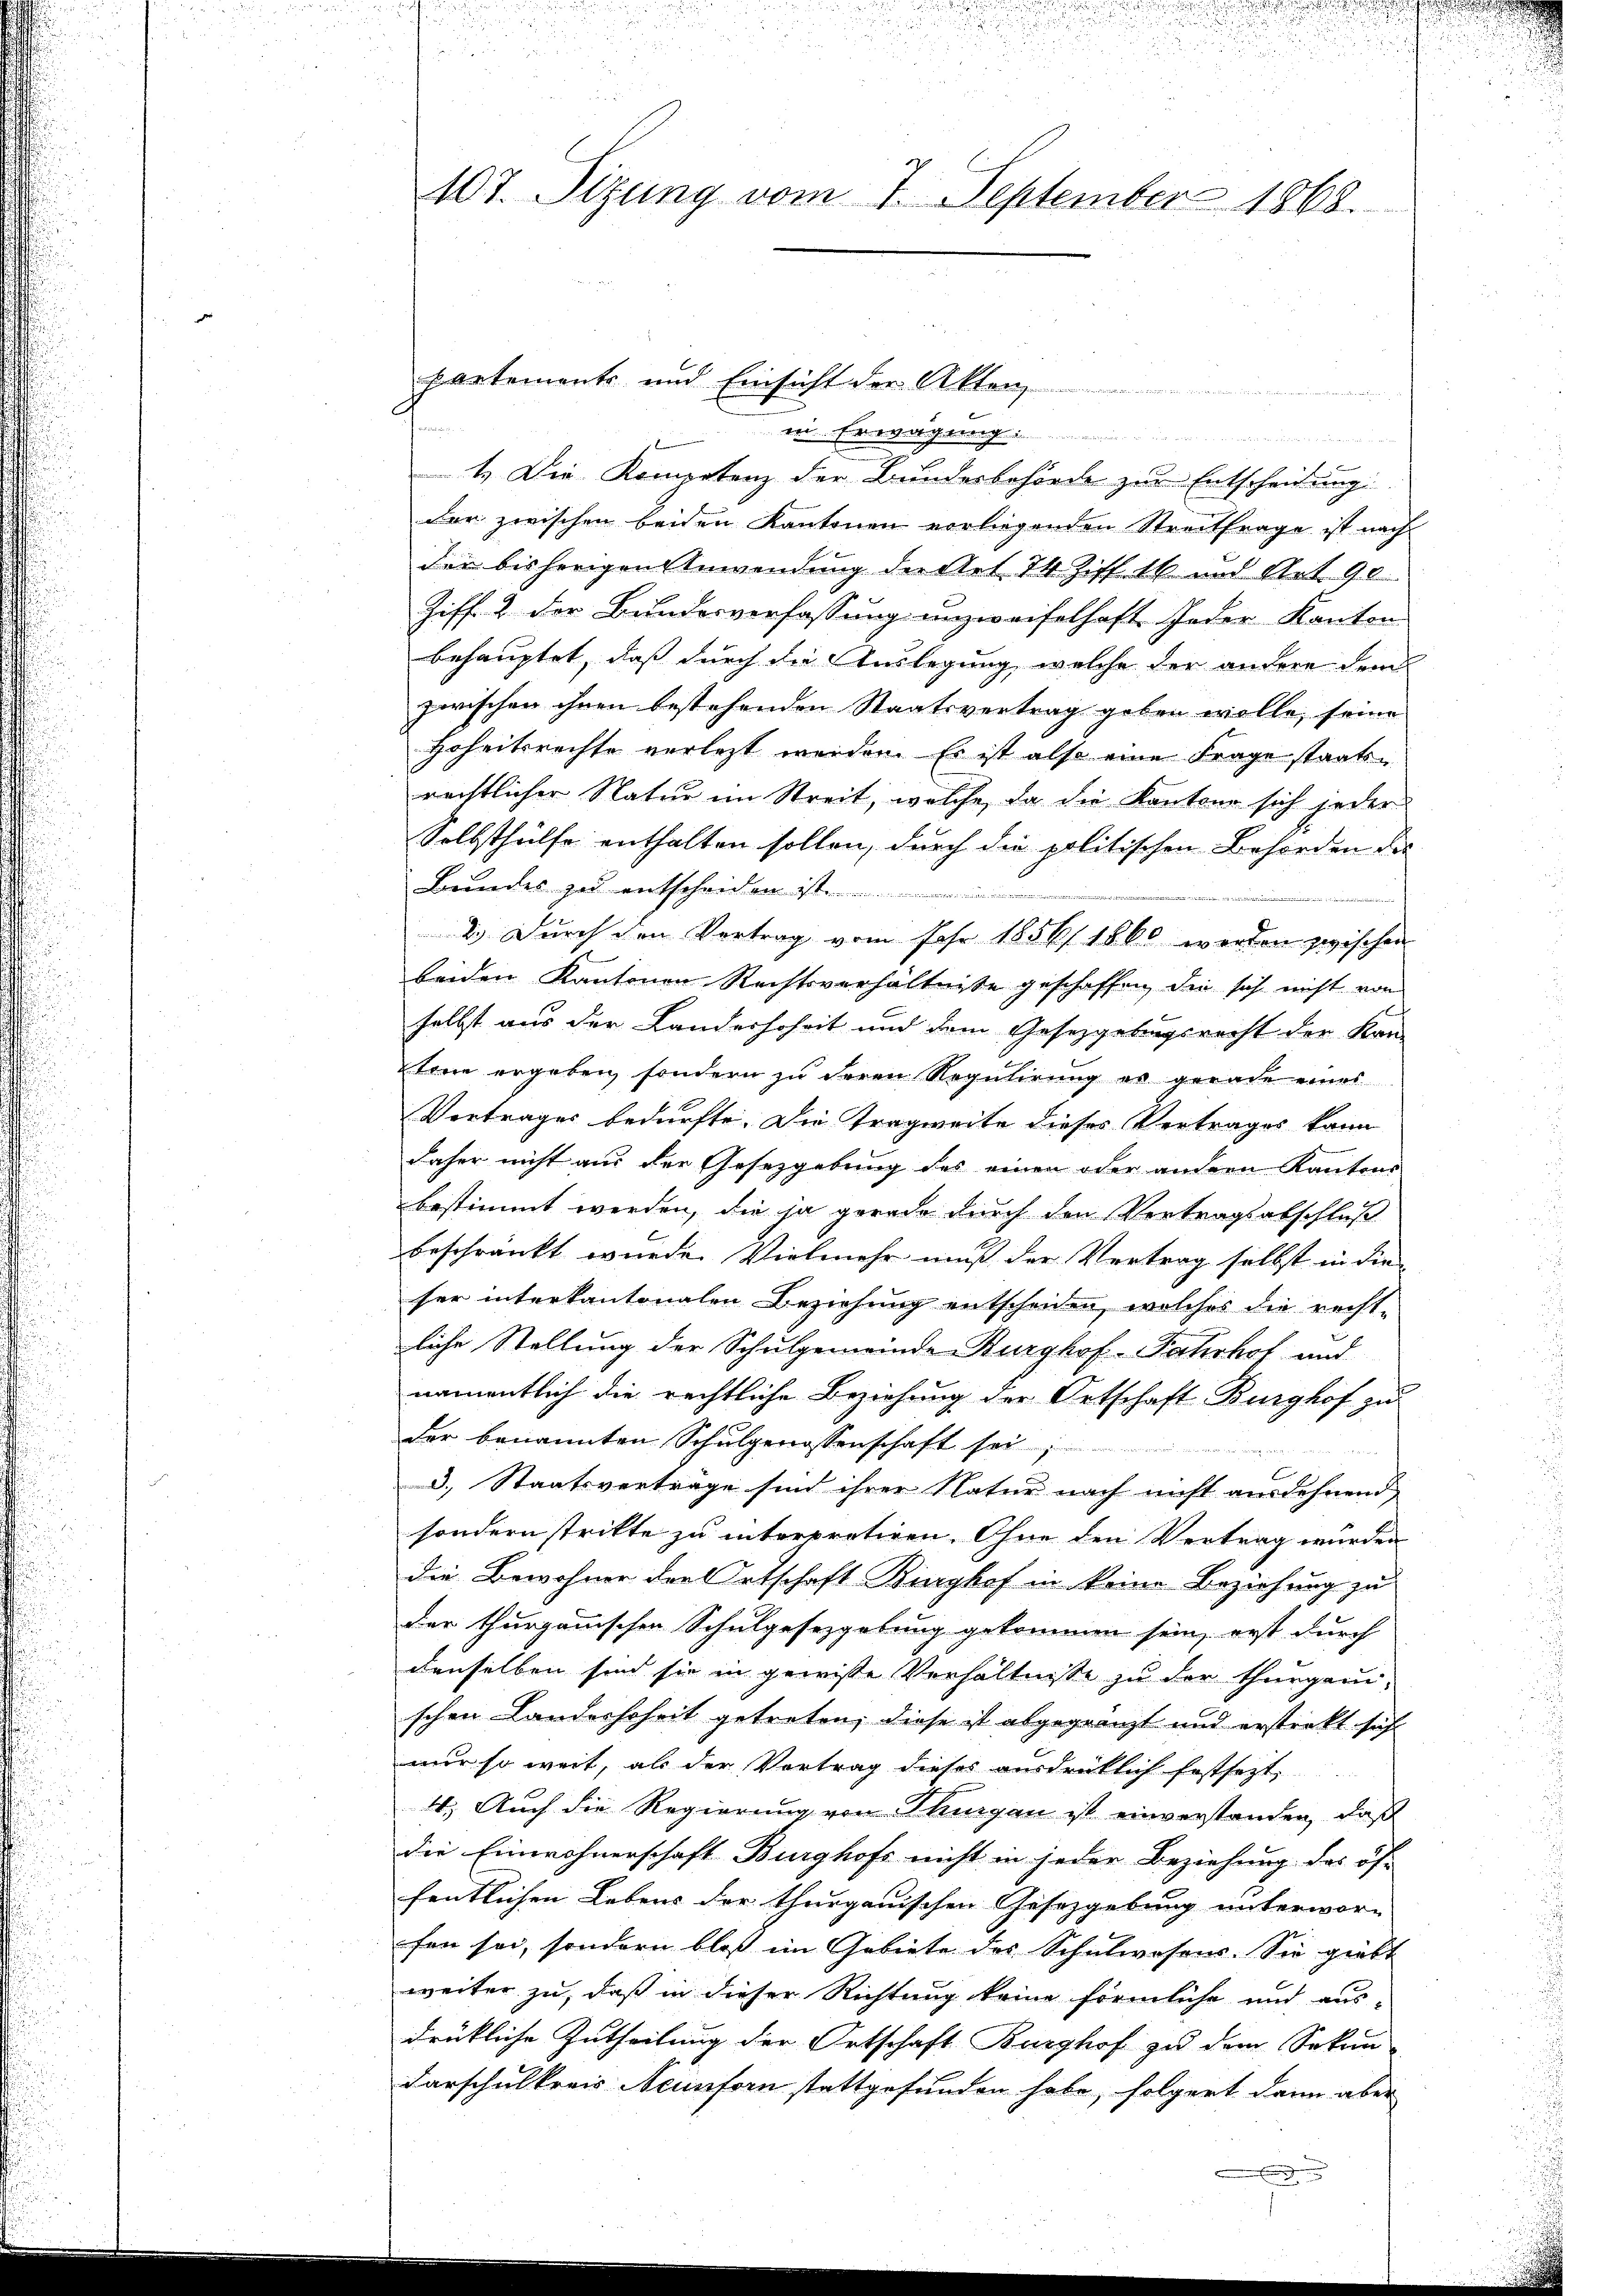
107. Sizung vom 7. September 1868.

partements und Einsicht der Akten
d
kt . . . . . . St. G. Art.
1. Die Kompetenz der Bundesbehörde zur Entscheidung
der zwischen beiden Kantonen vorliegenden Streitfrage ist nach
der bisherigen Anwendung die et 74 Ziff. 16. und Art. 90
Ziff. 2 der Bundesverfassung unzweifelhaft Jeder Kanton
behauptet, daß durch die Auslegung, welche der andere dem
zwischen ihnen bestehenden Staatsvertrag geben wolle, seine
Hoheitsrechte verletzt werden. Es ist also eine Frage staats-
rechtlicher Natur im Streit, welche, da die Kantone sich jeder
Selbsthülfe enthalten sollen, durch die politischen Behörden des
Bundes zu entscheiden ist.
e
2.) Durch den Vortrag vom Jahr 1856/ 1860 werden zwischen
beiden Kantonen Rechtsverhältnisse geschaffen, die sich nicht von
selbst aus der Landerhoheit und dem Gesetzgebungsrecht der Kan-
Etee ergeben, sondern zu deren Regulirung es gerade eines
Vortrages bedürfte. Die Tragweite dieses Vertrages kann
daher nicht aus der Gesetzgebung des einen oder andern Kantons
bestimmt werden, die ja gerade durch den Vertragsabschluß
beschränkt wurde. Vielmehr muß der Vertrag selbst in die
ser interkantonalen Beziehung entscheiden, welches die recht-
liche Stellung der Schulgemeinde Burghof-Fahrhof und
namentlich die rechtliche Beziehung der Ortschaft Burghof zu
der benannten Schulgenossenschaft sei
3., Staatsvertrage sind ihrer Natur nach nicht ausdehnend
sondern strikte zu interpretiren. Ohne den Vertrag wurden
die Bewohner der Ortschaft Burghof in keine Beziehung zu
der thurgauischen Schulgesetzgebung gekommen sein, erst durch
denselben sind sie in gewisse Verhältnisse zu der thurgaui-
schen Landeshoheit getreten, diese ist abgegränzt und erstrekt sich
nur so weit, als der Vortrag dieses ausdrücklich festsezt,
4. Auch die Regierung von Thurgau ist einverstanden, daß
die Einwohnerschaft Burghofs nicht in jeder Beziehung des öf-
fentlichen Lebens der thurgauischen Gesetzgebung unterwor-
fen sei, sondern bloß im Gebiete des Schulwesens. Sie giebt
weiter zu, daß in dieser Richtung keine förmliche und aus-
drükliche Zutheilung der Ortschaft Burghof zu dem Sekun
darschulkreis Neunforn stattgefunden habe, folgert dann aber